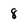
Character: 8